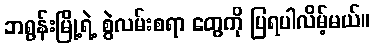
ဘရွန်းမြို့ရဲ့ စွဲလမ်းစရာ တွေကို ပြရပါလိမ့်မယ်။